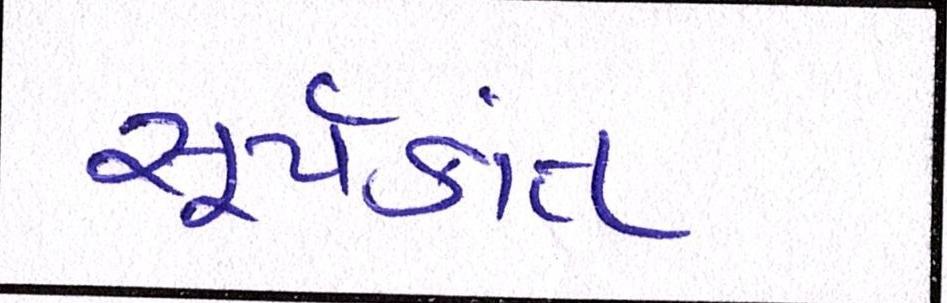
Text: સૂર્યકાંત